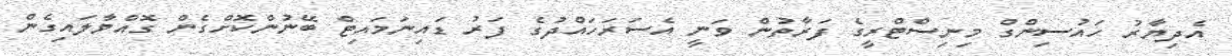
އެދިޔާރު ހައުސިންގް މިނިސްޓްރީގެ ފަރާތުން ވަނީ އެސަރަހައްދުގެ ފަރު ޑައިނަމައިޓް ބޭނުންކޮށްގެން ގޮއްވާލައިގެން